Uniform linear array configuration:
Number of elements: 24
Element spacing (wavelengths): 0.75
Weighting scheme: hamming
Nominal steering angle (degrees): -45
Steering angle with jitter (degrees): -44.32
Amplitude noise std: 0.05
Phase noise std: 0.05

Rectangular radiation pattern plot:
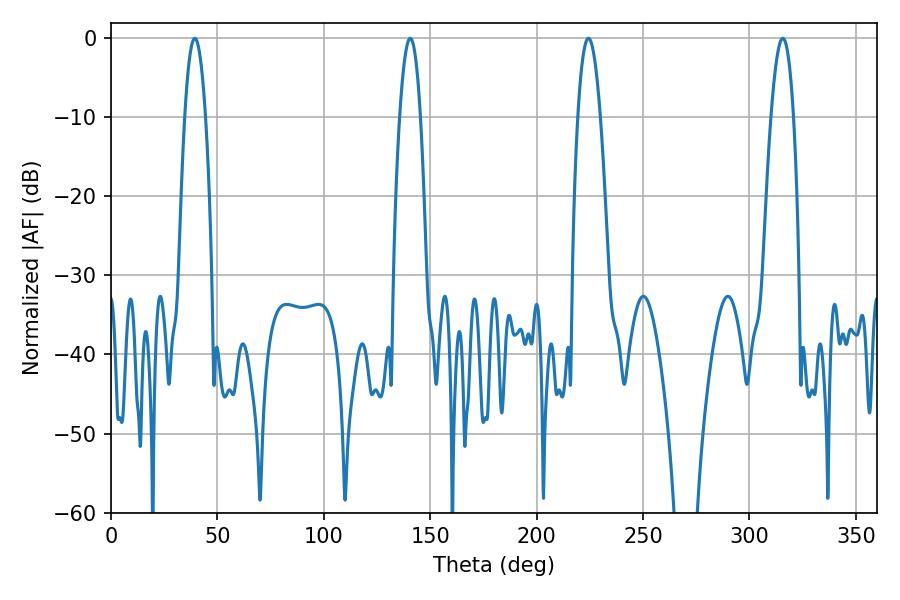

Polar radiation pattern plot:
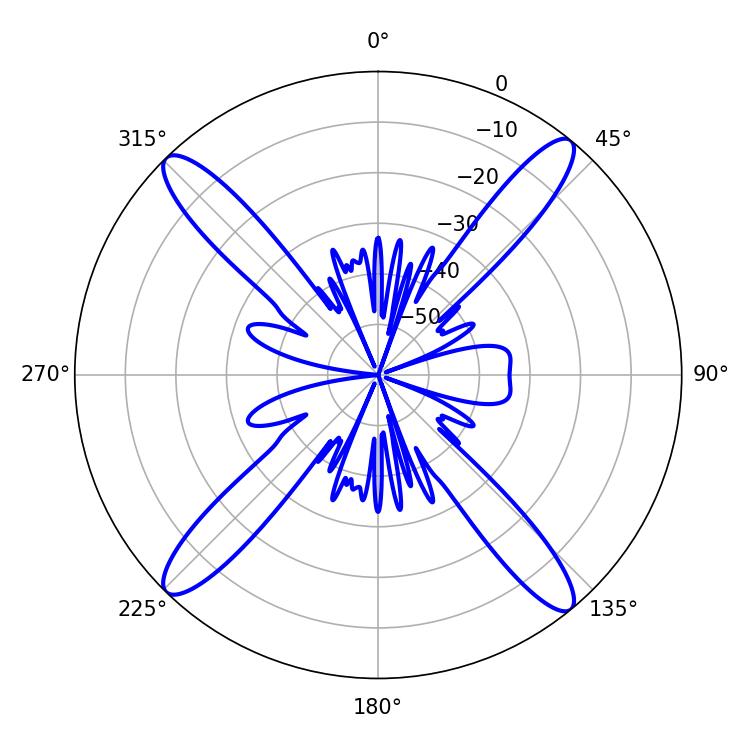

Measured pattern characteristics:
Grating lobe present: TRUE
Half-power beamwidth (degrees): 5.4
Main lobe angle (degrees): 39.42